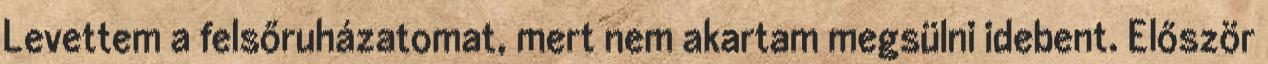
Levettem a felsőruházatomat, mert nem akartam megsülni idebent. Először